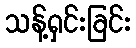
သန့်ရှင်းခြင်း